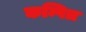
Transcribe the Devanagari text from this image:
कम्पित्र